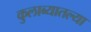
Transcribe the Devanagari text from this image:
कुलाब्यातल्या